Lunatic asylums Central Provinces reports 1910-1926 - 1910-1926
Year: 1910
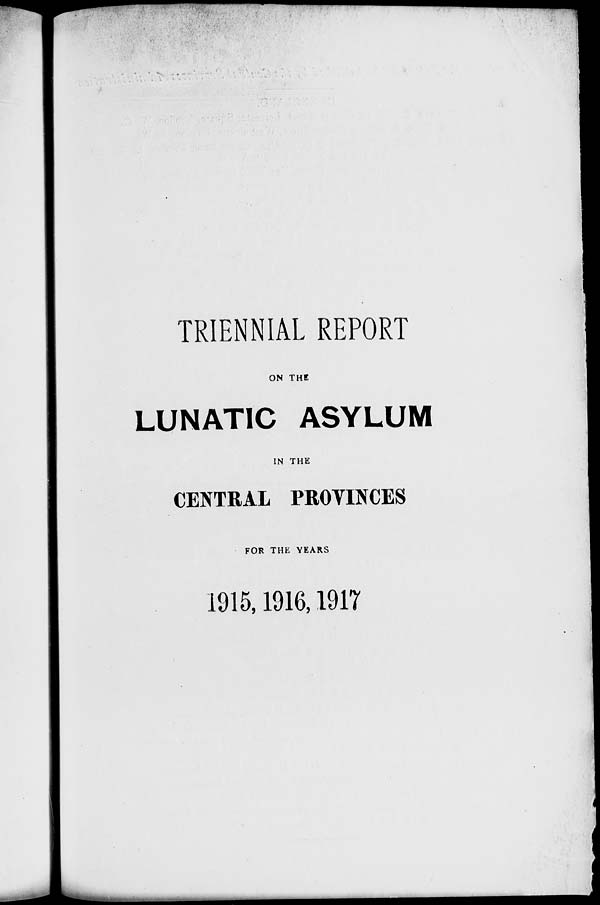
TRIENNIAL REPORT
ON THE
LUNATIC ASYLUM
IN THE
CENTRAL PROVINCES
FOR THE YEARS
1915, 1916, 1917